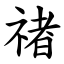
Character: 禇